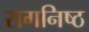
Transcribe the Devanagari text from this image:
रागनिष्ठ